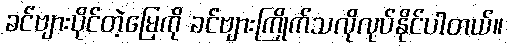
ခင်ဗျားပိုင်တဲ့မြေကို ခင်ဗျားကြိုက်သလိုလုပ်နိုင်ပါတယ်။